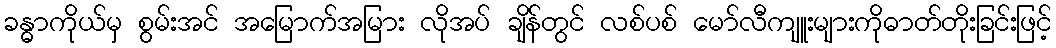
ခန္ဓာကိုယ်မှ စွမ်းအင် အမြောက်အမြား လိုအပ် ချိန်တွင် လစ်ပစ် မော်လီကျူးများကိုဓာတ်တိုးခြင်းဖြင့်